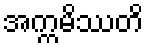
အက္ကမိဿတိ